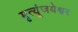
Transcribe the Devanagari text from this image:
मृत्यूंजयेश्वर